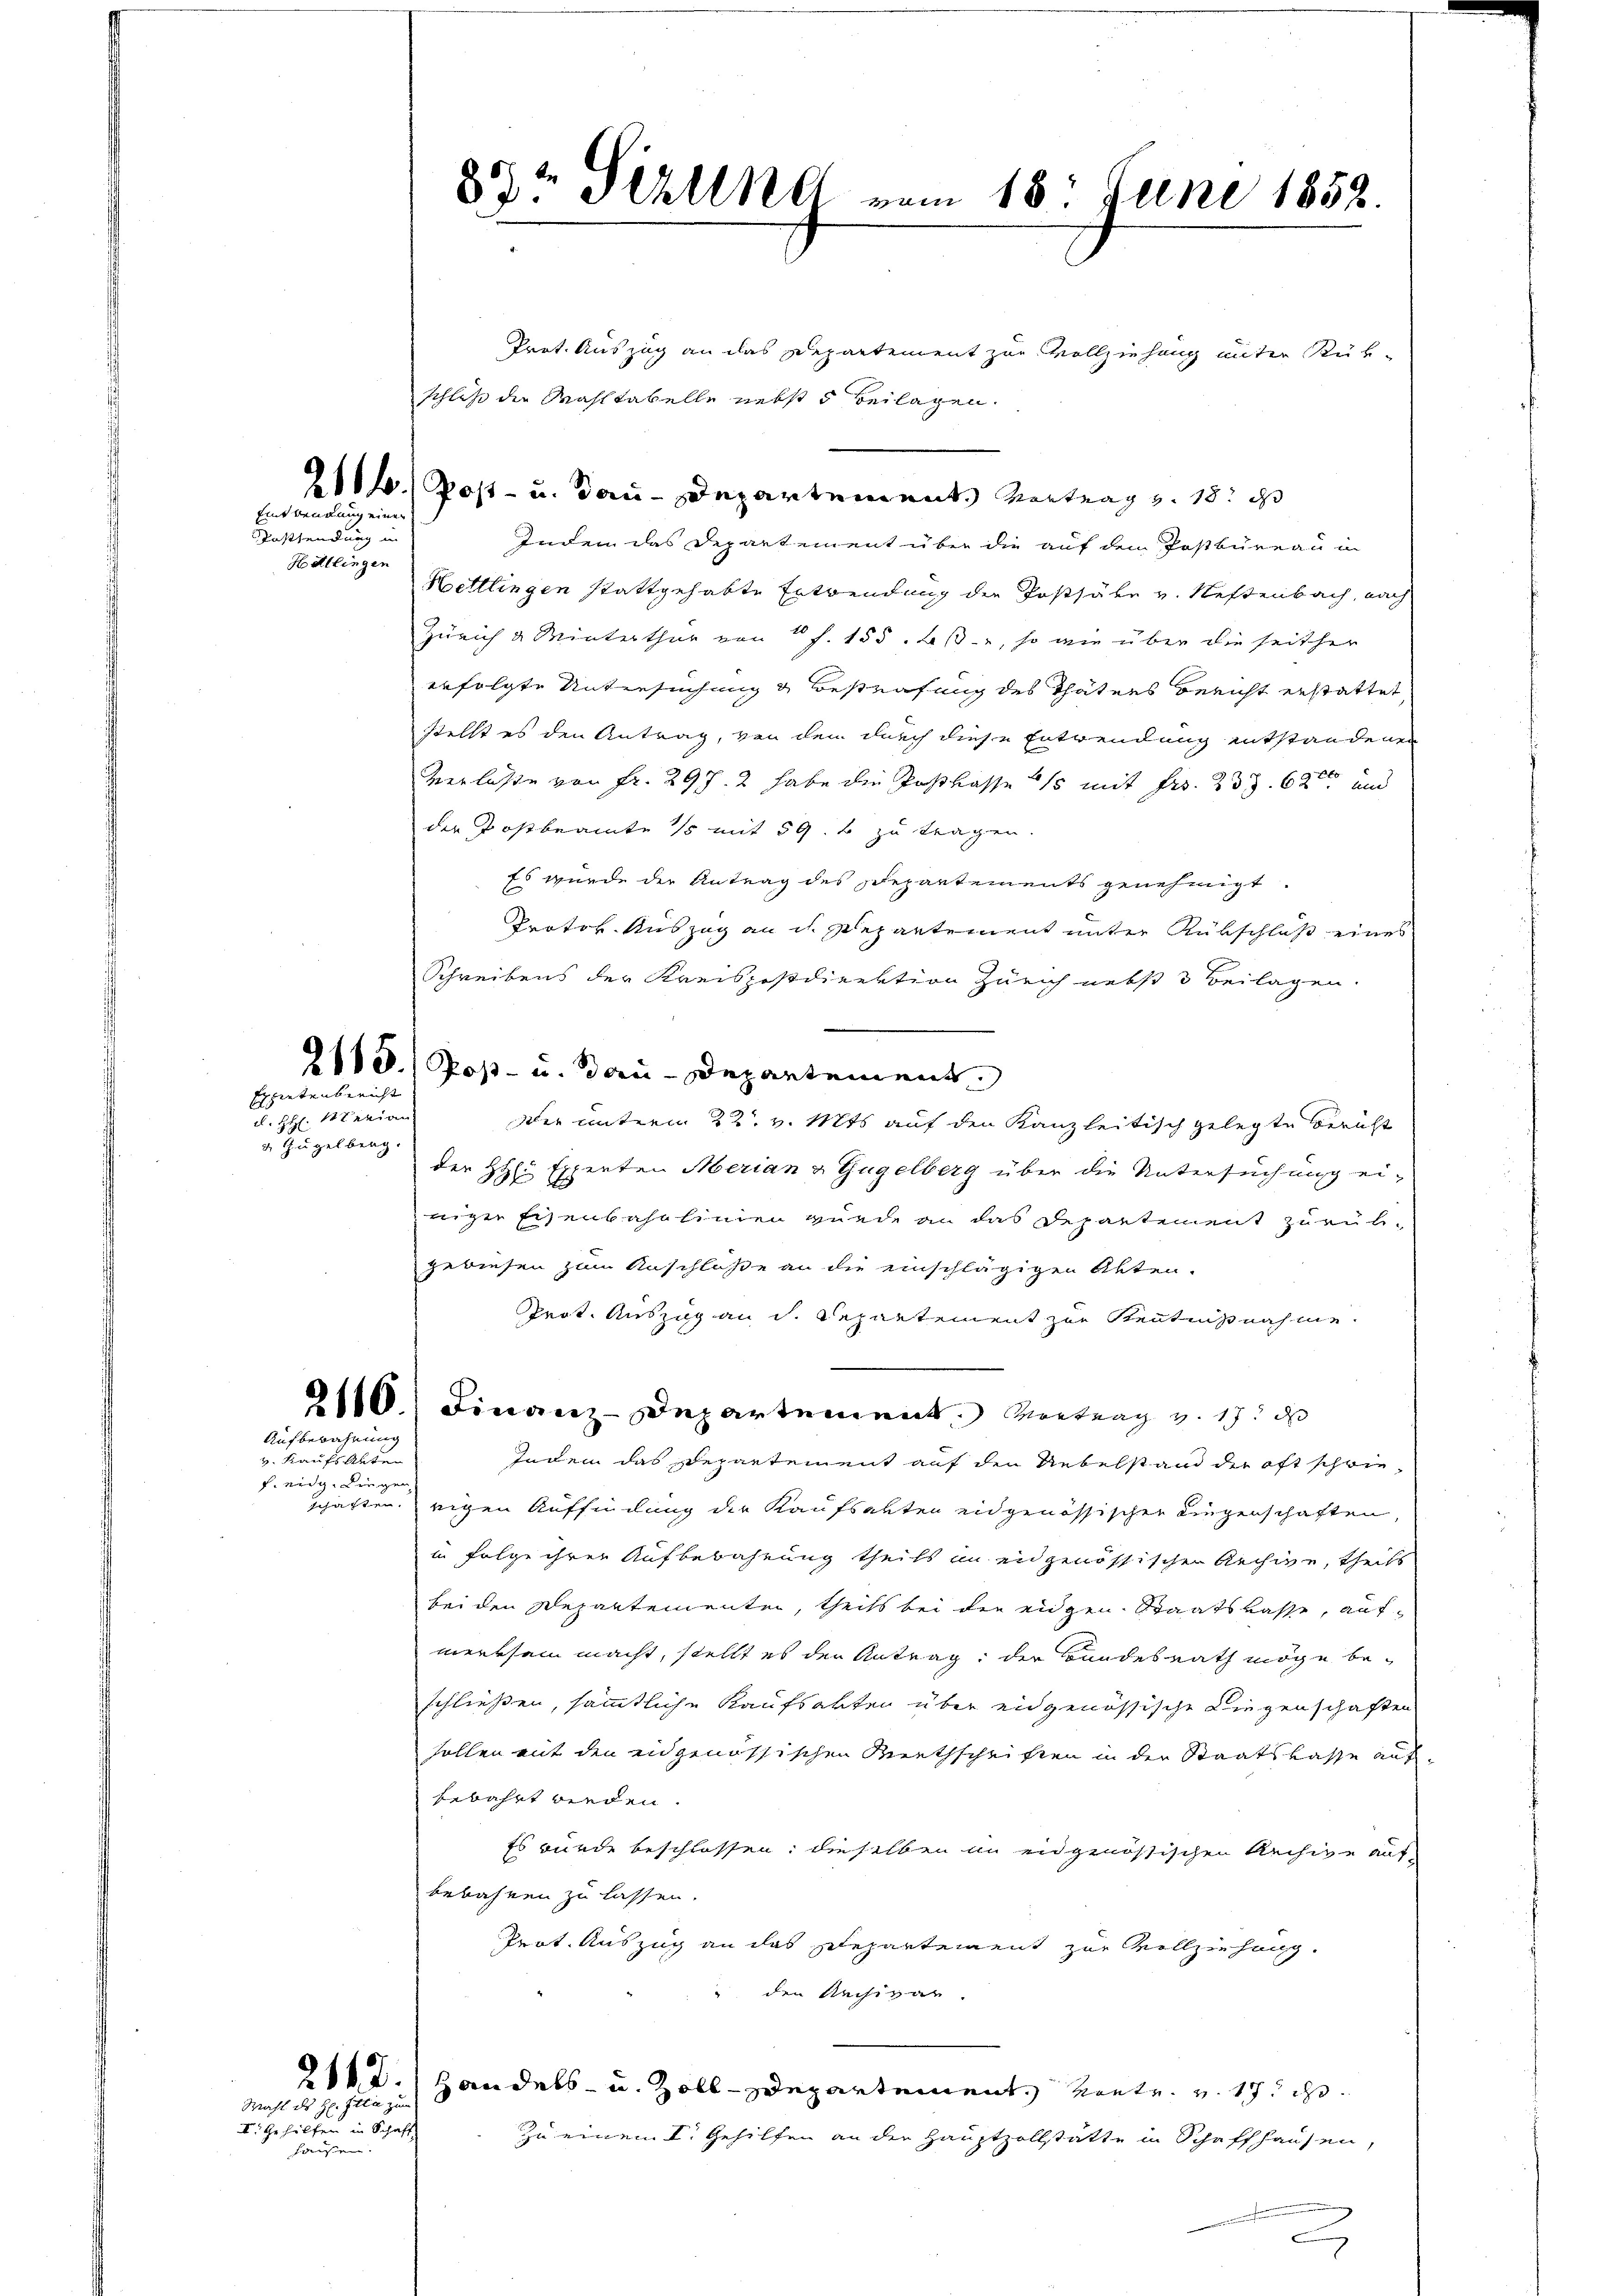
Eintwendung einen

Dassendung in
Hettlingen

Expietenbericht

d. H. Marian
 Zügelberg.

2116.
Aufbewahnung

v. Kaufs Alter
fig. Liegen

Wahl des H. Itta zu

I. Gehilfen in Schaft
hausen.

854 Vielle vom 18. Juni 1852.

Prot. Auszug an das Departement zur Vollziehung unter Rükschluß die Wahltabelle nebst 5 Beilagen.
211. Post- u. Bau-Departement. Vortrag v. 18. d
Indem das Departement über die auf dem Postbureau in
Hettlingen stattgehabte Entwendung der Postsäbr v. Neftenbach, nach
Zürich & Winterthur von 1 f. 155. Eß, so wie über die seither
erfolgte Untersuchung & Bestrafung des Thäters Bericht erstattet,
stellt es den Antrag, von den durch diese Entwendung entstandenen
Verlasse von Fr. 297. 2 habe die Postkasse so mit Fr. 233. 6ten und
der Trostbeamte 15 mit 59. 2 zu tragen.
Es wurde der Antrag des Departements genehmigt
Protok. Auszug an dh. Departement unter Rübschluß eines
Schreibens der Kreispostdirektion Zürich nebst 3 Beilagen.
2113.) Post- u. Bau-Departement
Der unterm 22. v. Mts auf den Kanzleitisch gelegte Bericht
der HH. Experten Merian & Gugelberg über die Untersuchung ei-
niger Eisenbahnlinien wurde an das Departement zurükgewiesen zum Anschlüße an die einschlägigen Akten.
Prot. Auszug an d. Separtement zur Kenntnißnahme
Finanz-Departement. Vortrag v. 17. d
Indem das Departement auf den Uebelstand der oft schwieschaften eigen Auffüllung der Kaufsarten eidgenössischen Liegenschaften,
in Folge ihrer Aufbewahrung theils in eidgenössischen Rechige, theils
bei den Departementen, theils bei die eidgen Staatskasse, aufmerksam macht, stellt es der Antrag, der Bundesrath möge beschließen, sämmtliche Kaufsakten über eidgenössische Liegenschaften
sollen mit den eidgenössischen Riethschriften in der Staatskasse aufbewahrt werden.
Es wurde beschlossen: dieselben in eidgenössischen Rechige auf
bebahren zu lassen.
Prot. Auszug an das Departement zur Vollziehung.
" den Archivar.
211 d.) Handels- u. Zoll-Departement. Kontr. v. 17. d.
zu einen I. Gehilfen an der Hauptzollstätte in Schaffhausen,
e

d